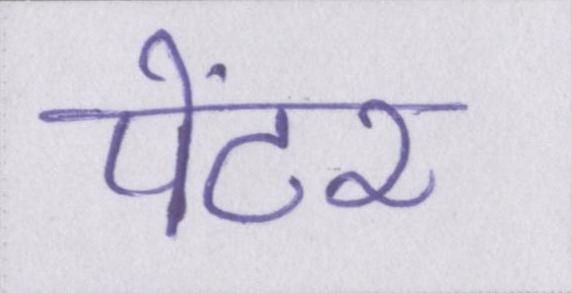
पेंटर